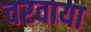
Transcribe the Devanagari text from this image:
चरवाया